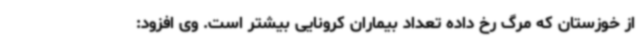
از خوزستان که مرگ رخ داده تعداد بیماران کرونایی بیشتر است. وی افزود: